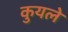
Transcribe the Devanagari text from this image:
कुयले